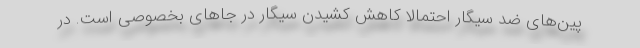
پین‌های ضد سیگار احتمالا کاهش کشیدن سیگار در جاهای بخصوصی است. در